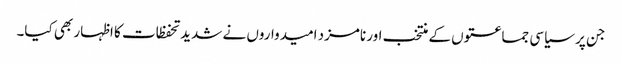
جن پر سیاسی جماعتوں کے منتخب اور نامزد امیدواروں نے شدید تحفظات کا اظہار بھی کیا۔